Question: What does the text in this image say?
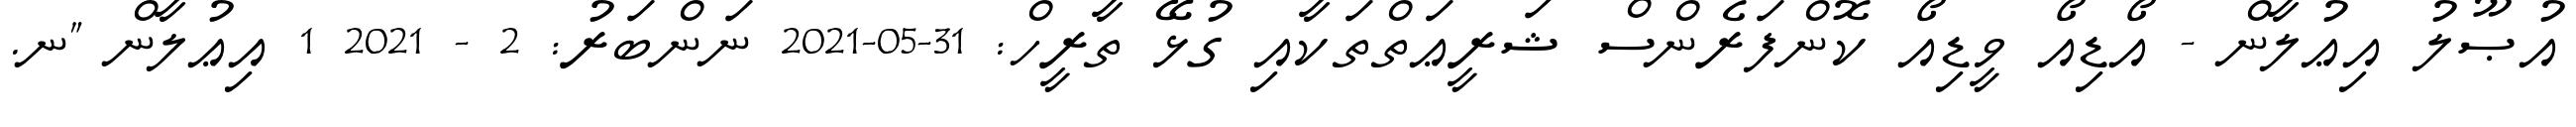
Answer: އުޞޫލު އިޢުލާން - އޯޑިއޯ ވީޑިއޯ ކޮންފަރެންސް ޝަރީޢަތްތަކާއި ގުޅޭ ތާރީހް: 31-05-2021 ނަންބަރު: 2 - 2021 1 އިޢުލާން "ނ.